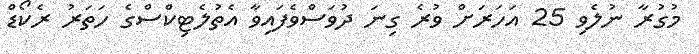
މުގުރާ ނުލެވި 25 އަހަރަށް ވުރެ ގިނަ ދުވަސްވެފައިވާ އެތުލެޓިކްސްގެ ހަތަރު ރެކޯޑް